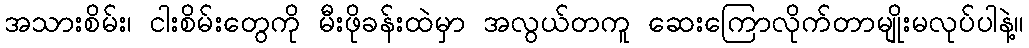
အသားစိမ်း၊ ငါးစိမ်းတွေကို မီးဖိုခန်းထဲမှာ အလွယ်တကူ ဆေးကြောလိုက်တာမျိုးမလုပ်ပါနဲ့။